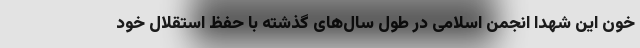
خون این شهدا انجمن اسلامی در طول سال‌های گذشته با حفظ استقلال خود